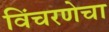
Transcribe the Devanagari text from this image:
विंचरणेचा